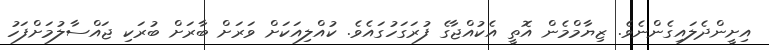
އިށީންދެލައިގެންނެވެ. ޒިޔާމްމެން އޮތީ އެކުއްޖާގެ ފުރަގަހުގައެވެ. ކުއްލިއަކަށް ވަރަށް ބާރަށް ބުރަކި ޖައްސާލުމަށްފަހު